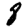
Digit: 8